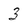
Character: 3